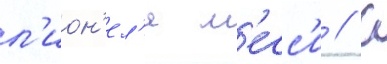
л'ион'ел'я м'есс'и // С